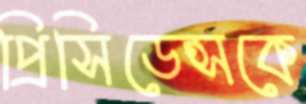
প্রিসিডেন্সকে